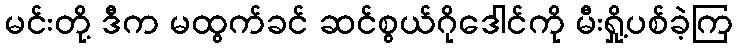
မင်းတို့ ဒီက မထွက်ခင် ဆင်စွယ်ဂိုဒေါင်ကို မီးရှို့ပစ်ခဲ့ကြ